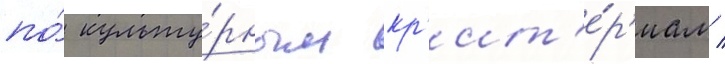
по́ культу́рным кр'ит'е́р'иам /